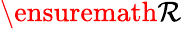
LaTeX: {\ensuremath{\mathcal R}}